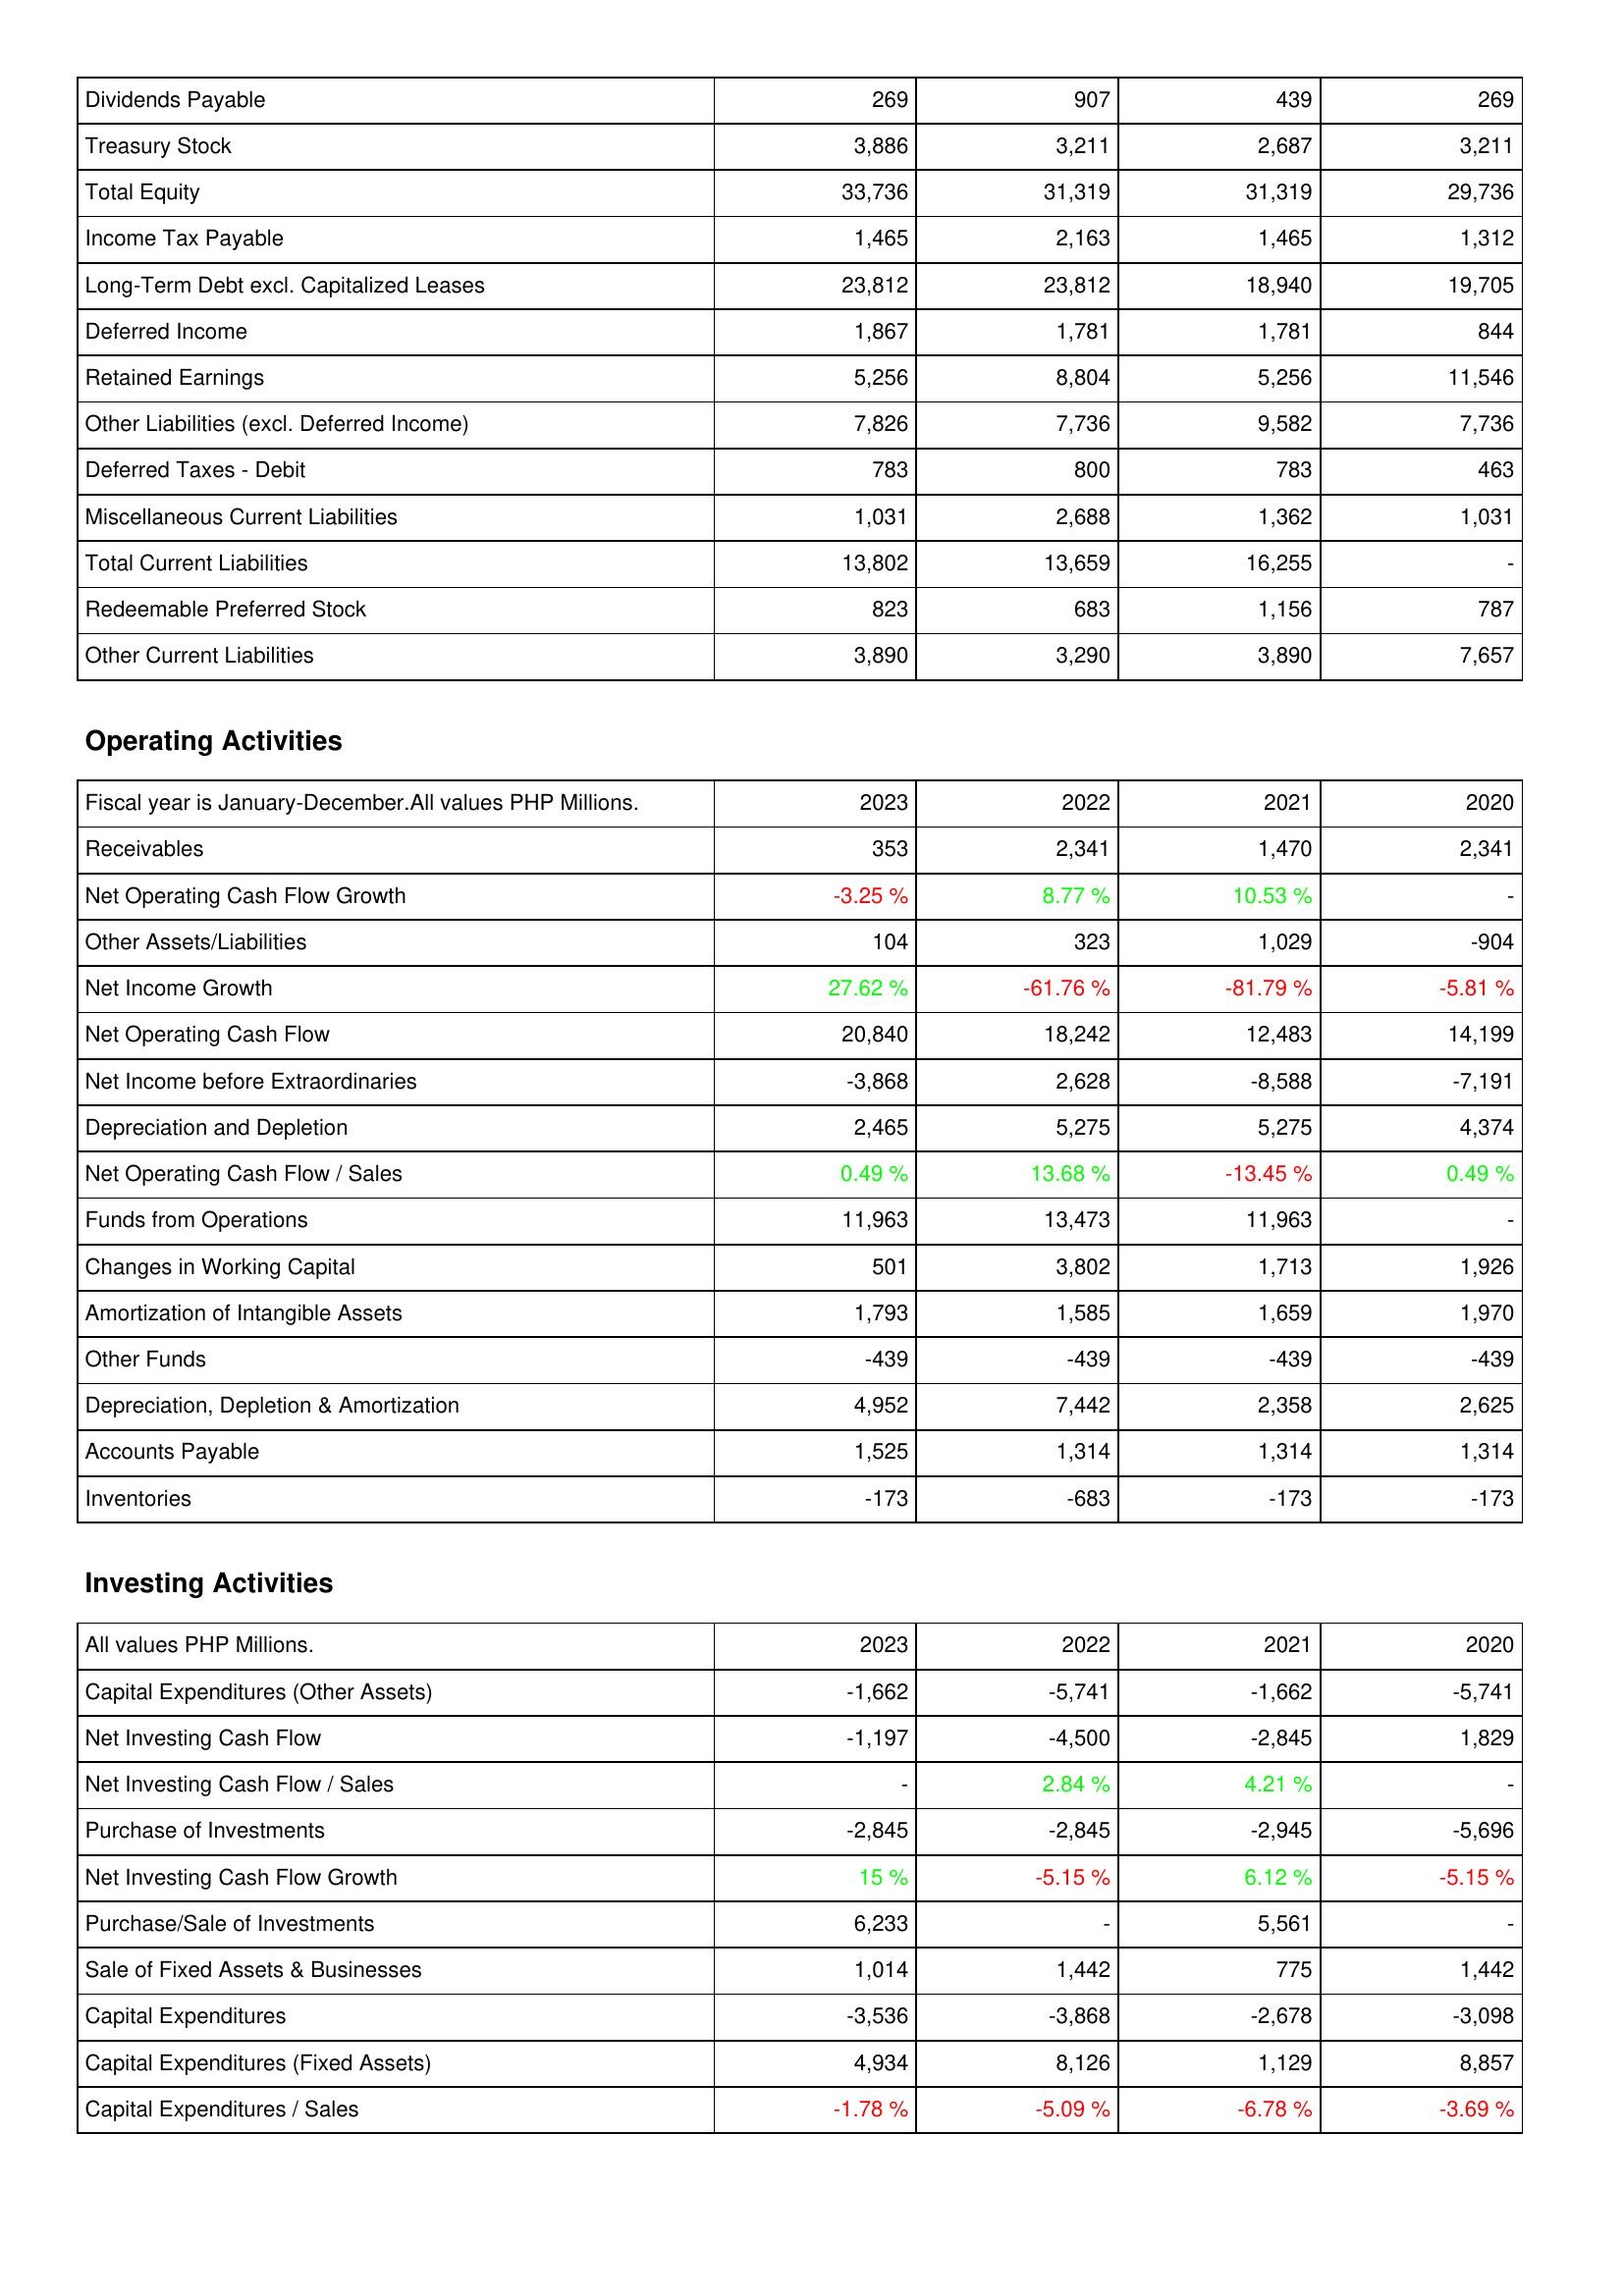
2023: Liabilities & Shareholders' Equity: Dividends Payable: 269
Treasury Stock: 3,886
Total Equity: 33,736
Income Tax Payable: 1,465
Long-Term Debt excl. Capitalized Leases: 23,812
Deferred Income: 1,867
Retained Earnings: 5,256
Other Liabilities (excl. Deferred Income): 7,826
Deferred Taxes - Debit: 783
Miscellaneous Current Liabilities: 1,031
Total Current Liabilities: 13,802
Redeemable Preferred Stock: 823
Other Current Liabilities: 3,890
Operating Activities: Receivables: 353
Net Operating Cash Flow Growth: -3.25 %
Other Assets/Liabilities: 104
Net Income Growth: 27.62 %
Net Operating Cash Flow: 20,840
Net Income before Extraordinaries: -3,868
Depreciation and Depletion: 2,465
Net Operating Cash Flow / Sales: 0.49 %
Funds from Operations: 11,963
Changes in Working Capital: 501
Amortization of Intangible Assets: 1,793
Other Funds: -439
Depreciation, Depletion & Amortization: 4,952
Accounts Payable: 1,525
Inventories: -173
Investing Activities: Capital Expenditures (Other Assets): -1,662
Net Investing Cash Flow: -1,197
Net Investing Cash Flow / Sales: -
Purchase of Investments: -2,845
Net Investing Cash Flow Growth: 15 %
Purchase/Sale of Investments: 6,233
Sale of Fixed Assets & Businesses: 1,014
Capital Expenditures: -3,536
Capital Expenditures (Fixed Assets): 4,934
Capital Expenditures / Sales: -1.78 %
2022: Liabilities & Shareholders' Equity: Dividends Payable: 907
Treasury Stock: 3,211
Total Equity: 31,319
Income Tax Payable: 2,163
Long-Term Debt excl. Capitalized Leases: 23,812
Deferred Income: 1,781
Retained Earnings: 8,804
Other Liabilities (excl. Deferred Income): 7,736
Deferred Taxes - Debit: 800
Miscellaneous Current Liabilities: 2,688
Total Current Liabilities: 13,659
Redeemable Preferred Stock: 683
Other Current Liabilities: 3,290
Operating Activities: Receivables: 2,341
Net Operating Cash Flow Growth: 8.77 %
Other Assets/Liabilities: 323
Net Income Growth: -61.76 %
Net Operating Cash Flow: 18,242
Net Income before Extraordinaries: 2,628
Depreciation and Depletion: 5,275
Net Operating Cash Flow / Sales: 13.68 %
Funds from Operations: 13,473
Changes in Working Capital: 3,802
Amortization of Intangible Assets: 1,585
Other Funds: -439
Depreciation, Depletion & Amortization: 7,442
Accounts Payable: 1,314
Inventories: -683
Investing Activities: Capital Expenditures (Other Assets): -5,741
Net Investing Cash Flow: -4,500
Net Investing Cash Flow / Sales: 2.84 %
Purchase of Investments: -2,845
Net Investing Cash Flow Growth: -5.15 %
Purchase/Sale of Investments: -
Sale of Fixed Assets & Businesses: 1,442
Capital Expenditures: -3,868
Capital Expenditures (Fixed Assets): 8,126
Capital Expenditures / Sales: -5.09 %
2021: Liabilities & Shareholders' Equity: Dividends Payable: 439
Treasury Stock: 2,687
Total Equity: 31,319
Income Tax Payable: 1,465
Long-Term Debt excl. Capitalized Leases: 18,940
Deferred Income: 1,781
Retained Earnings: 5,256
Other Liabilities (excl. Deferred Income): 9,582
Deferred Taxes - Debit: 783
Miscellaneous Current Liabilities: 1,362
Total Current Liabilities: 16,255
Redeemable Preferred Stock: 1,156
Other Current Liabilities: 3,890
Operating Activities: Receivables: 1,470
Net Operating Cash Flow Growth: 10.53 %
Other Assets/Liabilities: 1,029
Net Income Growth: -81.79 %
Net Operating Cash Flow: 12,483
Net Income before Extraordinaries: -8,588
Depreciation and Depletion: 5,275
Net Operating Cash Flow / Sales: -13.45 %
Funds from Operations: 11,963
Changes in Working Capital: 1,713
Amortization of Intangible Assets: 1,659
Other Funds: -439
Depreciation, Depletion & Amortization: 2,358
Accounts Payable: 1,314
Inventories: -173
Investing Activities: Capital Expenditures (Other Assets): -1,662
Net Investing Cash Flow: -2,845
Net Investing Cash Flow / Sales: 4.21 %
Purchase of Investments: -2,945
Net Investing Cash Flow Growth: 6.12 %
Purchase/Sale of Investments: 5,561
Sale of Fixed Assets & Businesses: 775
Capital Expenditures: -2,678
Capital Expenditures (Fixed Assets): 1,129
Capital Expenditures / Sales: -6.78 %
2020: Liabilities & Shareholders' Equity: Dividends Payable: 269
Treasury Stock: 3,211
Total Equity: 29,736
Income Tax Payable: 1,312
Long-Term Debt excl. Capitalized Leases: 19,705
Deferred Income: 844
Retained Earnings: 11,546
Other Liabilities (excl. Deferred Income): 7,736
Deferred Taxes - Debit: 463
Miscellaneous Current Liabilities: 1,031
Total Current Liabilities: -
Redeemable Preferred Stock: 787
Other Current Liabilities: 7,657
Operating Activities: Receivables: 2,341
Net Operating Cash Flow Growth: -
Other Assets/Liabilities: -904
Net Income Growth: -5.81 %
Net Operating Cash Flow: 14,199
Net Income before Extraordinaries: -7,191
Depreciation and Depletion: 4,374
Net Operating Cash Flow / Sales: 0.49 %
Funds from Operations: -
Changes in Working Capital: 1,926
Amortization of Intangible Assets: 1,970
Other Funds: -439
Depreciation, Depletion & Amortization: 2,625
Accounts Payable: 1,314
Inventories: -173
Investing Activities: Capital Expenditures (Other Assets): -5,741
Net Investing Cash Flow: 1,829
Net Investing Cash Flow / Sales: -
Purchase of Investments: -5,696
Net Investing Cash Flow Growth: -5.15 %
Purchase/Sale of Investments: -
Sale of Fixed Assets & Businesses: 1,442
Capital Expenditures: -3,098
Capital Expenditures (Fixed Assets): 8,857
Capital Expenditures / Sales: -3.69 %